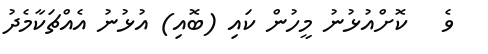
ވެ   ކޮށްއުޅުނު މީހުން ކައި (ބޮއި) އުޅުނު އެއްޗަކާމެދު